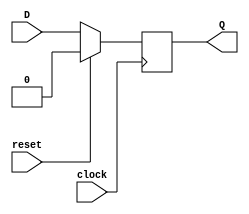
`timescale 1ns / 1ps
//////////////////////////////////////////////////////////////////////////////////
// Company: 
// Engineer: 
// 
// Design Name: 
// Module Name: D_FF
// Project Name: 
// Target Devices: 
// Tool Versions: 
// Description: 
// 
// Dependencies: 
// 
// Revision:
// Revision 0.01 - File Created
// Additional Comments:
// 
//////////////////////////////////////////////////////////////////////////////////


module D_FF(
    D, clock, reset, Q
    );
    input D, clock, reset;
    output Q;
    reg Q;
    always @(posedge clock)
        if(reset)
            Q <= 0;
        else
            Q <= D;
endmodule